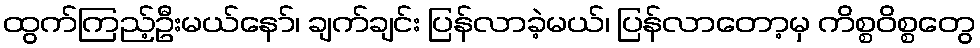
ထွက်ကြည့်ဦးမယ်နော်၊ ချက်ချင်း ပြန်လာခဲ့မယ်၊ ပြန်လာတော့မှ ကိစ္စဝိစ္စတွေ